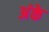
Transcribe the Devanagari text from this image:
अंके